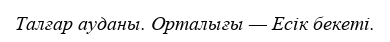
Талғар ауданы. Орталығы — Есік бекеті.